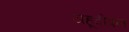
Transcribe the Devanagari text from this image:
यहूदीपन